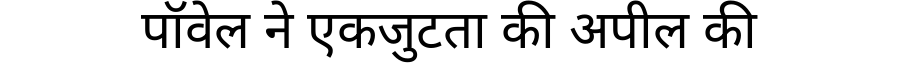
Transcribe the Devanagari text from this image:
पॉवेल ने एकजुटता की अपील की